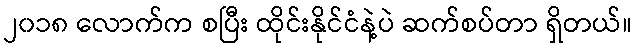
၂၀၁၈ လောက်က စပြီး ထိုင်းနိုင်ငံနဲ့ပဲ ဆက်စပ်တာ ရှိတယ်။